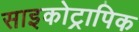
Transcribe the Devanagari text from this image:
साइकोट्रापिक